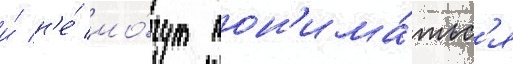
и́ н'е́ мо́гут пон'има́тьс'я